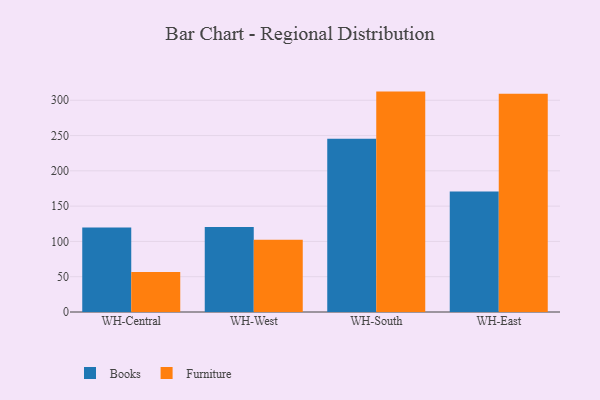
{"axis": {"x": "Warehouse", "y": "Bounce Rate (%)"}, "legend": ["Books", "Furniture"], "data": [{"x": "WH-Central", "y": 119.8, "type": "Books"}, {"x": "WH-Central", "y": 56.7, "type": "Furniture"}, {"x": "WH-West", "y": 120.4, "type": "Books"}, {"x": "WH-West", "y": 102.3, "type": "Furniture"}, {"x": "WH-South", "y": 245.4, "type": "Books"}, {"x": "WH-South", "y": 312.3, "type": "Furniture"}, {"x": "WH-East", "y": 170.6, "type": "Books"}, {"x": "WH-East", "y": 309.1, "type": "Furniture"}]}